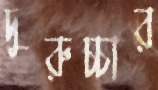
দুরুচ্চার